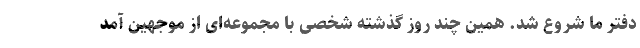
دفتر ما شروع شد. همین چند روز گذشته شخصی با مجموعه‌ای از موجهین آمد